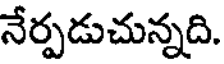
నేర్పడుచున్నది.